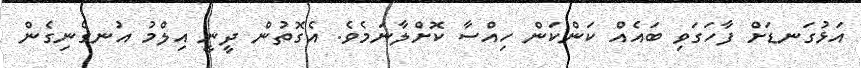
އަޅުގަނޑަށް ފާހަގަވި ބައެއް ކަންކަން ހިއްސާ ކޮށްލާނަމެވެ. އެގޮތުން ދީނީ އިލްމު އުނގެނިގެން